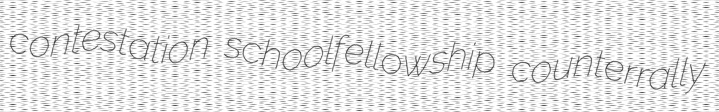
contestation schoolfellowship counterrally